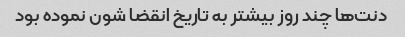
دنت‌ها چند روز بیشتر به تاریخ انقضا شون نموده بود